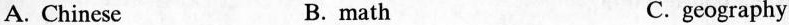
A. Chinese B. math C. geography